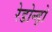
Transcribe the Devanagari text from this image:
रेडोन्ड़ो